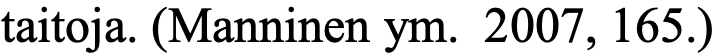
taitoja. (Manninen ym. 2007, 165.)